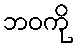
ဘဝကို